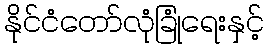
နိုင်ငံတော်လုံခြုံရေးနှင့်